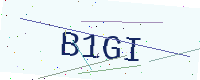
Text: B1GI